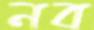
নব